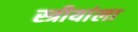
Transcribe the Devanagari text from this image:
स्त्रीयांला